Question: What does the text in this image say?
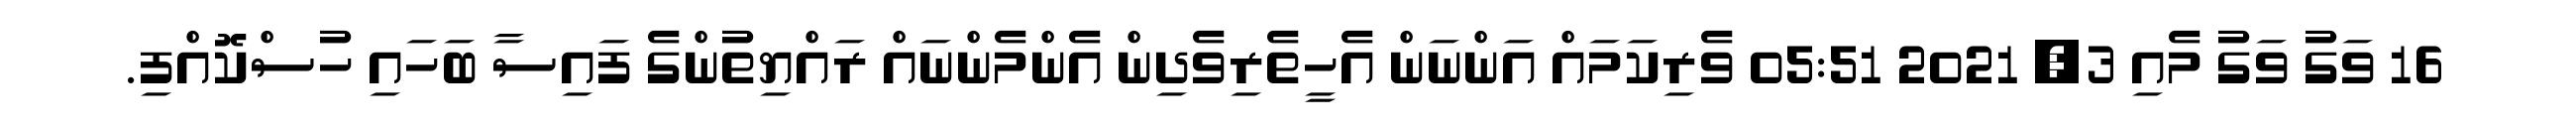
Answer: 16 ވަގު ވަގު މެއި 3, 2021 05:51 ވެރިކަމައް އަންނަން އެހީތެރިވެދިން އެންމެންނައް ރައްޔިތުންގެ ފައިސާ ބަހައި ހުސްކޮއްފި.